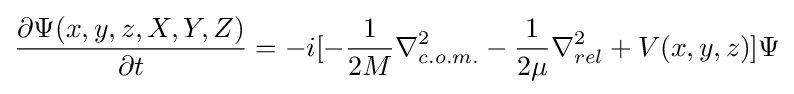
{\frac {\partial \Psi (x,y,z,X,Y,Z)}{\partial t}}=-i[-{\frac {1}{2M}}\nabla _{c.o.m.}^{2}-{\frac {1}{2\mu }}\nabla _{rel}^{2}+V(x,y,z)]\Psi